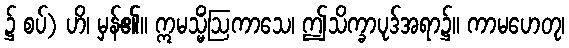
၌ စပ်) ဟိ၊ မှန်၏။ ဣမသ္မိံဩကာသေ၊ ဤသိက္ခာပုဒ်အရာ၌။ ကာမဟေတု၊